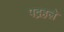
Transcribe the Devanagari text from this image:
पद्रहले